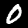
Label: 0